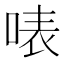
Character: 𠶓